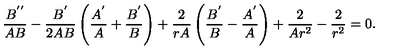
\frac { B ^ { ' ^ { \prime } } } { A B } - \frac { B ^ { ' } } { 2 A B } \left( \frac { A ^ { ' } } { A } + \frac { B ^ { ' } } { B } \right) + \frac { 2 } { r A } \left( \frac { B ^ { ' } } { B } - \frac { A ^ { ' } } { A } \right) + \frac { 2 } { A r ^ { 2 } } - \frac { 2 } { r ^ { 2 } } = 0 .